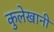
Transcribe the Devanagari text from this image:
कुलेखानी